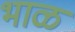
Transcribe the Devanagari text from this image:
भाळ